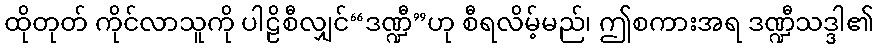
ထိုတုတ် ကိုင်လာသူကို ပါဠိစီလျှင်“ဒဏ္ဍီ”ဟု စီရလိမ့်မည်၊ ဤစကားအရ ဒဏ္ဍီသဒ္ဒါ၏